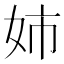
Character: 姉